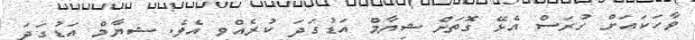
ވާހަކައަށް ހުރަސް އެޅޭ ގޮތަށް ޝިޔާމް އަޑުގަދަ ކުރެއްވި އެވެ. ޝިޔާމް އަޑުގަދަ